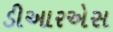
ડીઆરએસ